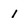
Character: 1